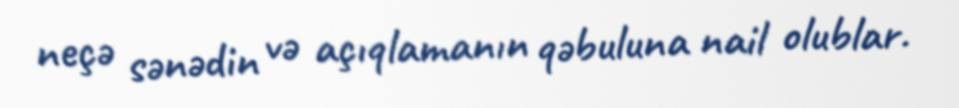
neçə sənədin və açıqlamanın qəbuluna nail olublar.